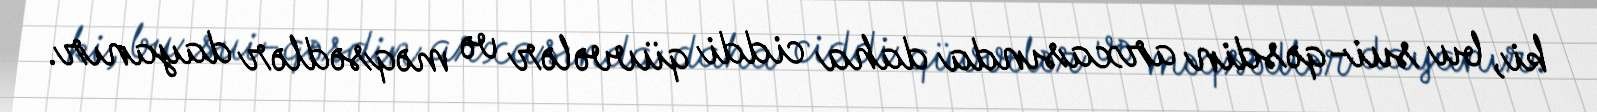
ki, bu sui-qəsdin arxasında daha ciddi qüvvələr və məqsədlər dayanır.